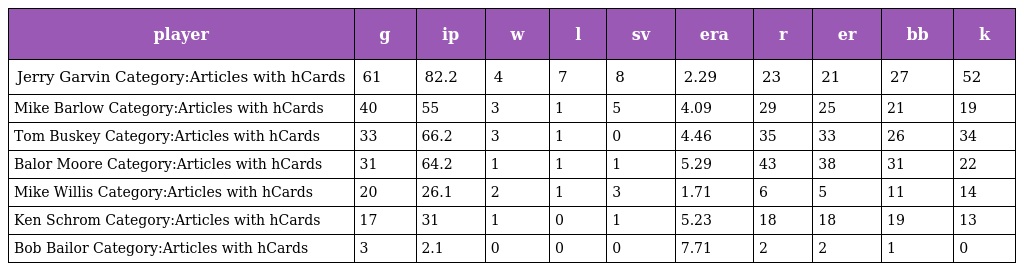
| player | g | ip | w | l | sv | era | r | er | bb | k |
 | --- | --- | --- | --- | --- | --- | --- | --- | --- | --- | --- |
 | Jerry Garvin Category:Articles with hCards | 61 | 82.2 | 4 | 7 | 8 | 2.29 | 23 | 21 | 27 | 52 |
 | Mike Barlow Category:Articles with hCards | 40 | 55 | 3 | 1 | 5 | 4.09 | 29 | 25 | 21 | 19 |
 | Tom Buskey Category:Articles with hCards | 33 | 66.2 | 3 | 1 | 0 | 4.46 | 35 | 33 | 26 | 34 |
 | Balor Moore Category:Articles with hCards | 31 | 64.2 | 1 | 1 | 1 | 5.29 | 43 | 38 | 31 | 22 |
 | Mike Willis Category:Articles with hCards | 20 | 26.1 | 2 | 1 | 3 | 1.71 | 6 | 5 | 11 | 14 |
 | Ken Schrom Category:Articles with hCards | 17 | 31 | 1 | 0 | 1 | 5.23 | 18 | 18 | 19 | 13 |
 | Bob Bailor Category:Articles with hCards | 3 | 2.1 | 0 | 0 | 0 | 7.71 | 2 | 2 | 1 | 0 |